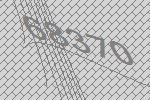
68370